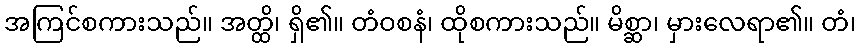
အကြင်စကားသည်။ အတ္ထိ၊ ရှိ၏။ တံဝစနံ၊ ထိုစကားသည်။ မိစ္ဆာ၊ မှားလေရာ၏။ တံ၊